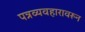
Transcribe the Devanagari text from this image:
पत्रव्यवहारावरून